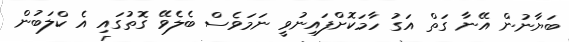
ބަޔާނުން އޭނާ ގަތް އަގު ހާމަކޮށްފައިނުވީ ނަމަވެސް ބެލެވޭ ގޮތުގައި އެ ކްލަބުން